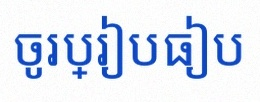
ចូរប្រៀបធៀប